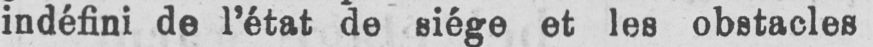
indéfini de l’état de siège et les obstacles